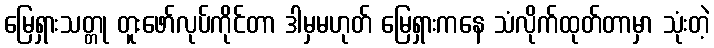
မြေရှားသတ္တု တူးဖော်လုပ်ကိုင်တာ ဒါမှမဟုတ် မြေရှားကနေ သံလိုက်ထုတ်တာမှာ သုံးတဲ့